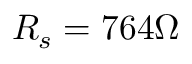
R _ { s } = 7 6 4 \Omega